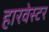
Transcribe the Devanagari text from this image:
हारवेस्टर